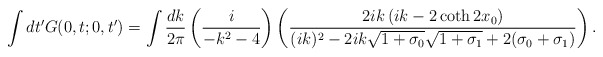
\begin{align*}\int dt'G(0,t;0,t') =\int\frac{dk}{2\pi} \left(\frac{i}{-k^{2}-4}\right) \left(\frac{2ik\left(ik-2\coth 2x_{0}\right)}{(ik)^{2}-2ik\sqrt{1+\sigma_{0}}\sqrt{1+\sigma_{1}}+2(\sigma_{0}+\sigma_{1})}\right).\end{align*}